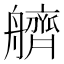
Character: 艩